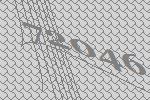
72046